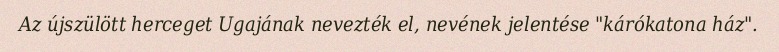
Az újszülött herceget Ugajának nevezték el, nevének jelentése "kárókatona ház".